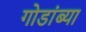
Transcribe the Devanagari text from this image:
गोडांब्या